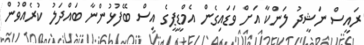
ރައީސް ނަޝީދު ލަންކާ އަށް ވަޑައިގެން އެމްޑީޕީގެ އިސް ބޭފުޅުންނާ ބައްދަލު ކުރެއްވުން